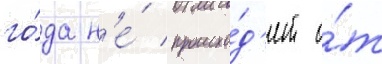
го́да н'е́ происхо́д'ит о́т